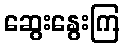
ဆွေးနွေးကြ